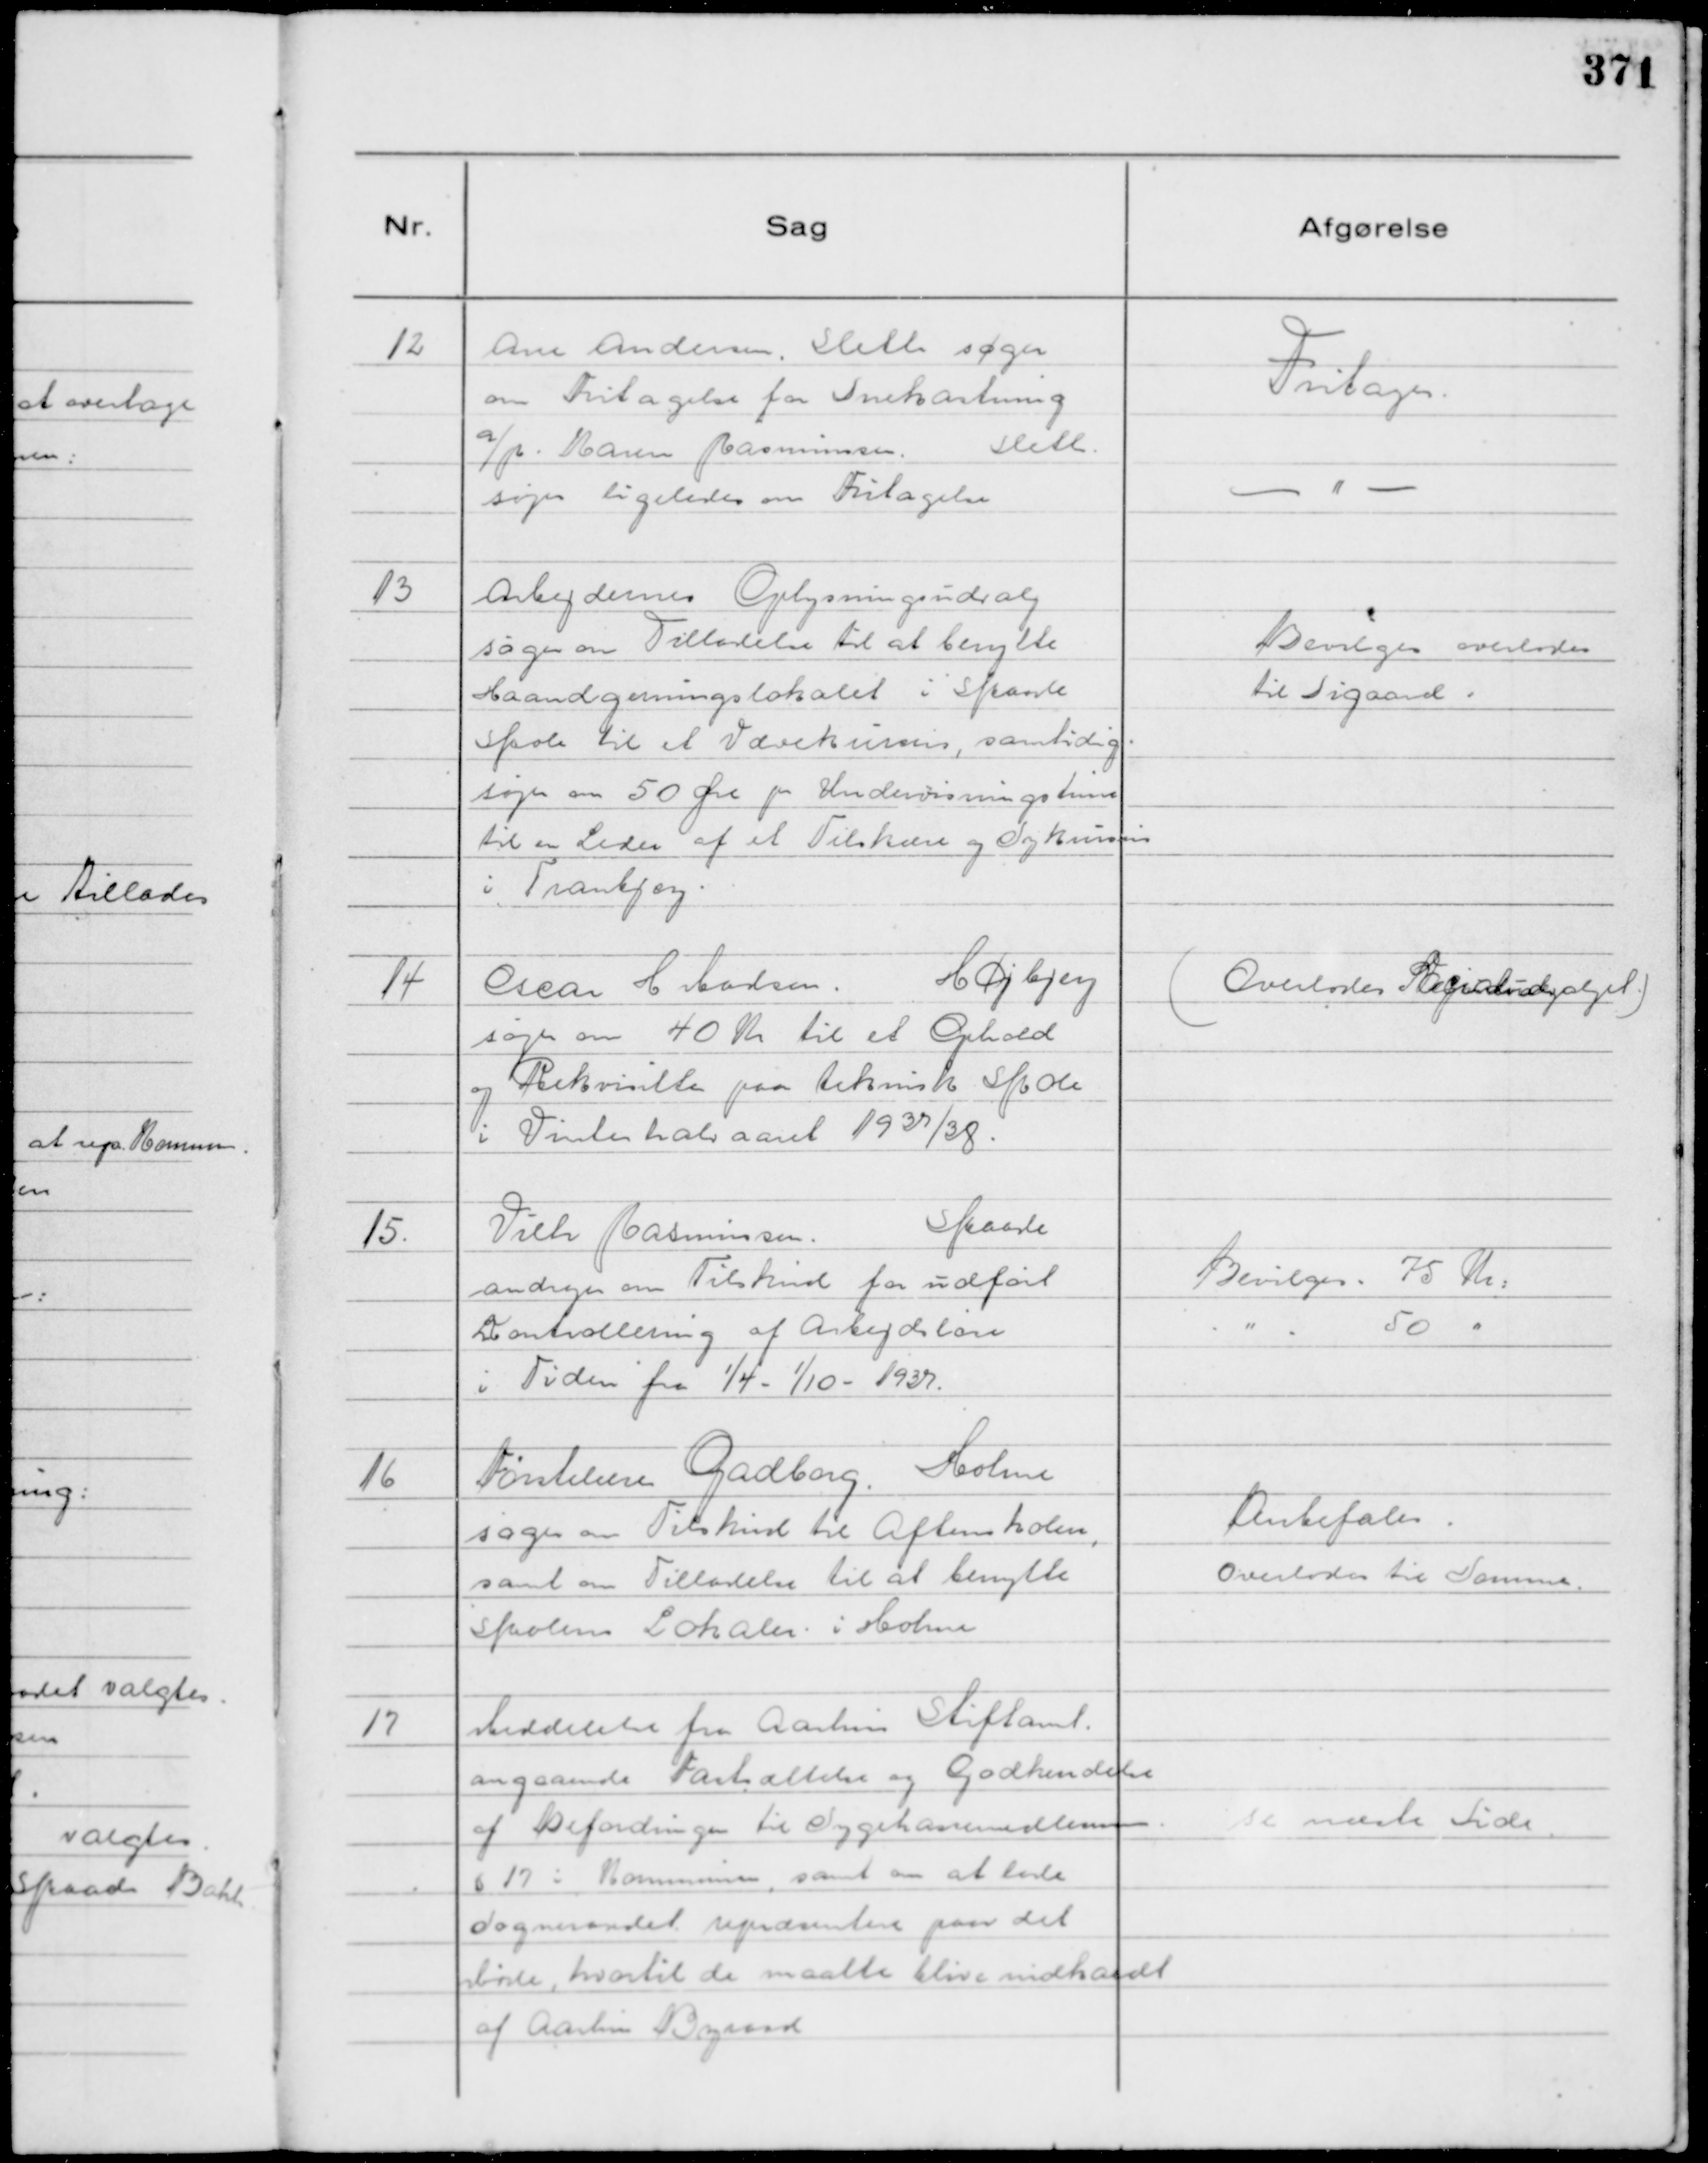
Transskription:
12
Ane Andersen, Sleth søger
om Fritagelse fra Snekastning

a/p. Maren Rasmussen.
Sleth.
søger ligeledes om Fritagelse

Fritages.

- " -

13
Arbejdernes Oplysningsudvalg
søger om Tilladelse til at benytte
Haandgerningslokalet i Skaade
Skole til et Vævekursus, samtidig
søges om 50 Øre pr Undervisningstime
til en Leder af et Tilskære og Sykursus
i Tranbjerg.

Bevilges overlodes
til Sigaard.

14
Oscar H Madsen.
Højbjerg
søger om 40 Kr til et Ophold
og Rekvisitter paa teknisk Skole
i Vinterhalvaaret 1937/38.

( Overlodes Socialudvalget. )

15.
Vilh Rasmussen.
Skaade
andrager om Tilskud for udført
Kontrollering af Arbejdsløse
i Tiden fra



1/4 - 1/10 - 1937.

Bevilges. 75 Kr:
"
50 "

16
Førstelære Gadborg. Holme
søger om Tilskud til Aftenskolen,
samt om Tilladelse til at benytte
Skolens Lokaler i Holme

Anbefales.
Overlodes til Sommer.

17
Meddelelse fra Aarhus Stiftamt.
angaaende Fastsættelse og Godkendelse
af Befordringen til Sygekassemedlemmer.
§ 17 i Kommunen, samt om at lade
Sogneraadet repræsentere paa det
Møde, hvortil de maatte blive indkaldt
af Aarhus Byraad

se næste Side.